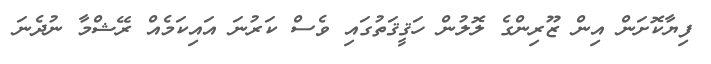
ފިޔާކޮށަން އިން ޒޫރިންގެ ލޮލުން ހަޤީޤަތުގައި ވެސް ކަރުނަ އައިކަމެއް ރޭޝްމާ ނުދެނަ